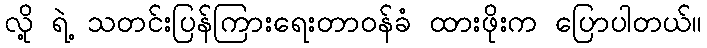
လို့ ရဲ့ သတင်းပြန်ကြားရေးတာဝန်ခံ ထားဖိုးက ပြောပါတယ်။